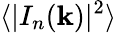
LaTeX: \langle|I_{n}(\mathbf{k})|^{2}\rangle